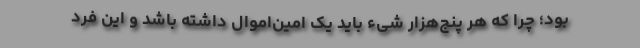
بود؛ چرا که هر پنج‌هزار شیء باید یک امین‌اموال داشته باشد و این فرد